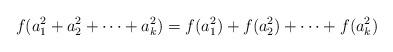
LaTeX: \begin{align*}f(a_1^2 + a_2^2 + \dotsb + a_k^2) = f(a_1^2) + f(a_2^2) + \dotsb + f(a_k^2)\end{align*}